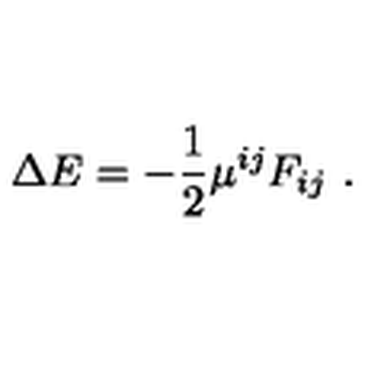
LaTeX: \Delta E = - { \frac { 1 } { 2 } } \mu ^ { i j } F _ { i j } \ .